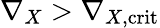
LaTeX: \nabla_{X}>\nabla_{X,\mathrm{crit}}